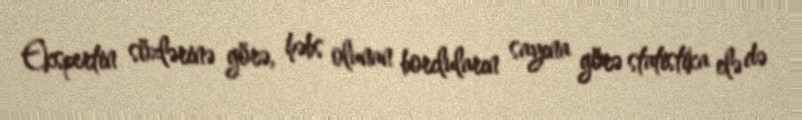
Ekspertin sözlərinə görə, həbs olunan borcluların sayına görə statistika elə də